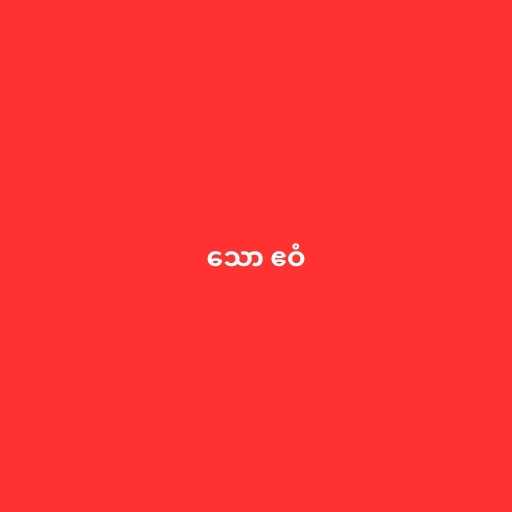
သော ဧဝံ